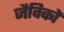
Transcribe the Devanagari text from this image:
जैविकों